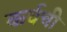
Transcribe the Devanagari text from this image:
कर्वची